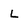
Character: L